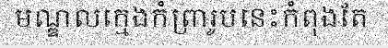
មណ្ឌលក្មេងកំព្រារូបនេះកំពុងតែ